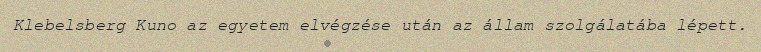
Klebelsberg Kuno az egyetem elvégzése után az állam szolgálatába lépett.